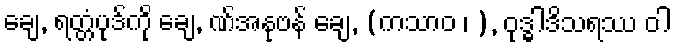
ချေ, ရတ္တံပုဒ်ကို ချေ, ဏ်အနုဗန် ချေ, (ကသာဝ ၊ ), ဝုဒ္ဓါဒိသရဿ ဝါ